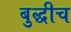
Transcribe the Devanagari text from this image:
बुद्धीच